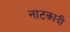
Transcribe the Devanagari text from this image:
नाटकादी